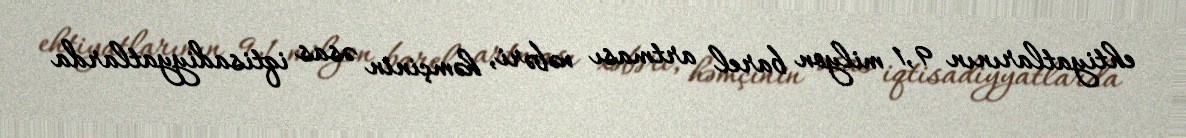
ehtiyatlarının 9,1 milyon barel artması xəbəri, həmçinin əsas iqtisadiyyatlarda